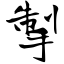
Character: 掣